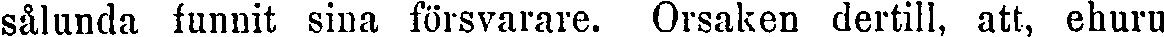
sålunda funnit sina försvarare. Orsaken dertill, att, ehuru